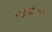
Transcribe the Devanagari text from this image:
आईसीआई